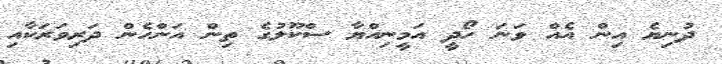
ދުނިޔެ އިން އެއް ވަނަ ހޯދީ އަމީނިއްޔާ ސްކޫލުގެ ތިން އަންހެން ދަރިވަރަކާއި